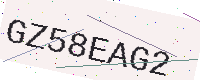
Text: GZ58EAG2